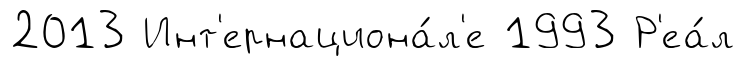
2013 Инт'ернациона́л'е 1993 Р'еа́л